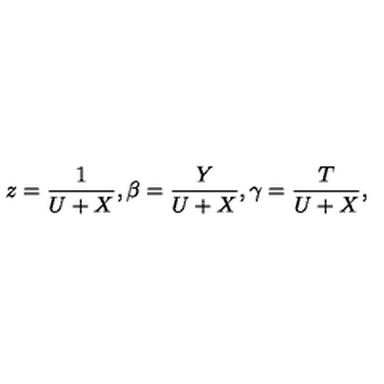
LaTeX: z = \frac { 1 } { U + X } , \beta = \frac { Y } { U + X } , \gamma = \frac { T } { U + X } ,